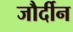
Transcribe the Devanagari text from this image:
जौर्दीन